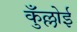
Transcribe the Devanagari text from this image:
कुँल्लोई